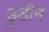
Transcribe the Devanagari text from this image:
डुडीन